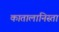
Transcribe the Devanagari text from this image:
कातालानिस्ता